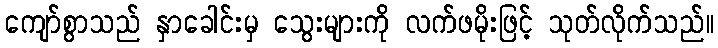
ကျော်စွာသည် နှာခေါင်းမှ သွေးများကို လက်ဖမိုးဖြင့် သုတ်လိုက်သည်။